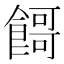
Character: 𱃬